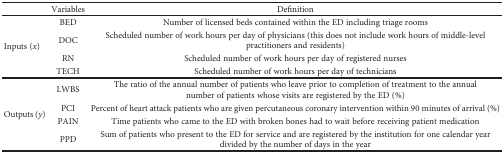
|  | Variables | Definition |
 | --- | --- | --- |
 | <ROWSPAN=4> Inputs (x) | BED | Number of licensed beds contained within the ED including triage rooms |
 | DOC | Scheduled number of work hours per day of physicians (this does not include work hours of middle-level practitioners and residents) |
 | RN | Scheduled number of work hours per day of registered nurses |
 | TECH | Scheduled number of work hours per day of technicians |
 | <ROWSPAN=4> Outputs (y) | LWBS | The ratio of the annual number of patients who leave prior to completion of treatment to the annual number of patients whose visits are registered by the ED (%) |
 | PCI | Percent of heart attack patients who are given percutaneous coronary intervention within 90 minutes of arrival (%) |
 | PAIN | Time patients who came to the ED with broken bones had to wait before receiving patient medication |
 | PPD | Sum of patients who present to the ED for service and are registered by the institution for one calendar year divided by the number of days in the year |